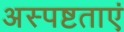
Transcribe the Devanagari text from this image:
अस्पष्टताएं